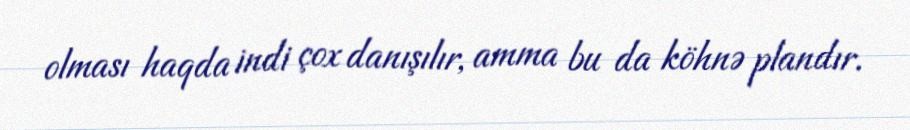
olması haqda indi çox danışılır, amma bu da köhnə plandır.